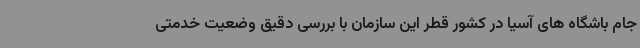
جام باشگاه های آسیا در کشور قطر این سازمان با بررسی دقیق وضعیت خدمتی